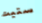
ستيت